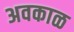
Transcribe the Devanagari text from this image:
अवकाळ